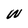
Character: W